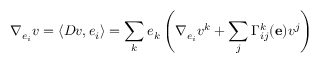
\nabla _ { e _ { i } } v = \langle D v , e _ { i } \rangle = \sum _ { k } e _ { k } \left( \nabla _ { e _ { i } } v ^ { k } + \sum _ { j } \Gamma _ { i j } ^ { k } ( \mathbf { e } ) v ^ { j } \right)